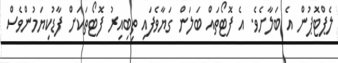
ލެޕްޓޮޕުން އެ ބަލާށެވެ. އެ ފޮޓޯތައް ބަލަން ގަޔާވެފައި ތިބިއިރު ފޮޓޯތަކަށް ފާޑުކިޔަމުންވެސް